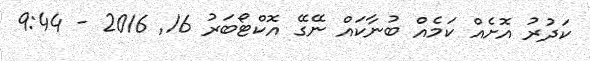
ކަދުރު އޮށެއް ކަމެއް ބުނާކައް ނޭގޭ އޮކްޓޯބަރު 16